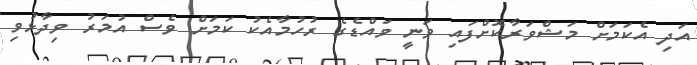
އަދި އެކަމަށް މަޝްވަރާކޮށްފައި ވަނީ ވައްޑެގެ ރުހުމާއެކު ކަމަށް ވެސް އުމަރު ވިދާޅުވި